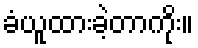
ခံယူထားခဲ့တာကိုး။